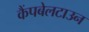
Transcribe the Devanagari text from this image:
कैंपबेलटाउन